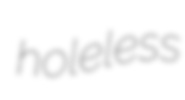
holeless